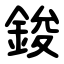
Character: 鋑